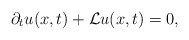
\begin{align*}\partial_t u(x,t)+\mathcal{L}u(x,t)=0,\end{align*}